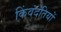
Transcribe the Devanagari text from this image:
किंवंदंतियों